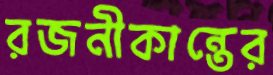
রজনীকান্তের